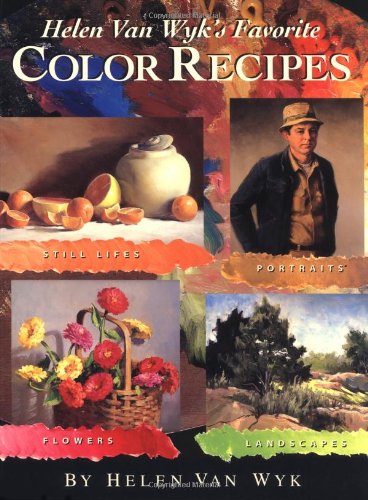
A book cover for Helen Van Wyk's Favorite Color Recipes; Helen Van Wyk; Arts & Photography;